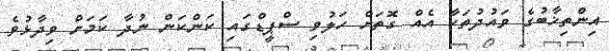
އިންތިޚާބުގެ ވައުދުތަކާ އެއް ގޮތަށް ހަލުވި ސްޕީޑްގައި ކަންކަން ނުދާ ކަމަށް ވިދާޅުވެ